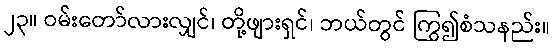
၂၃။ ဝမ်းတော်လားလျှင်၊ တို့ဖျားရှင်၊ ဘယ်တွင် ကြွ၍စံသနည်း။